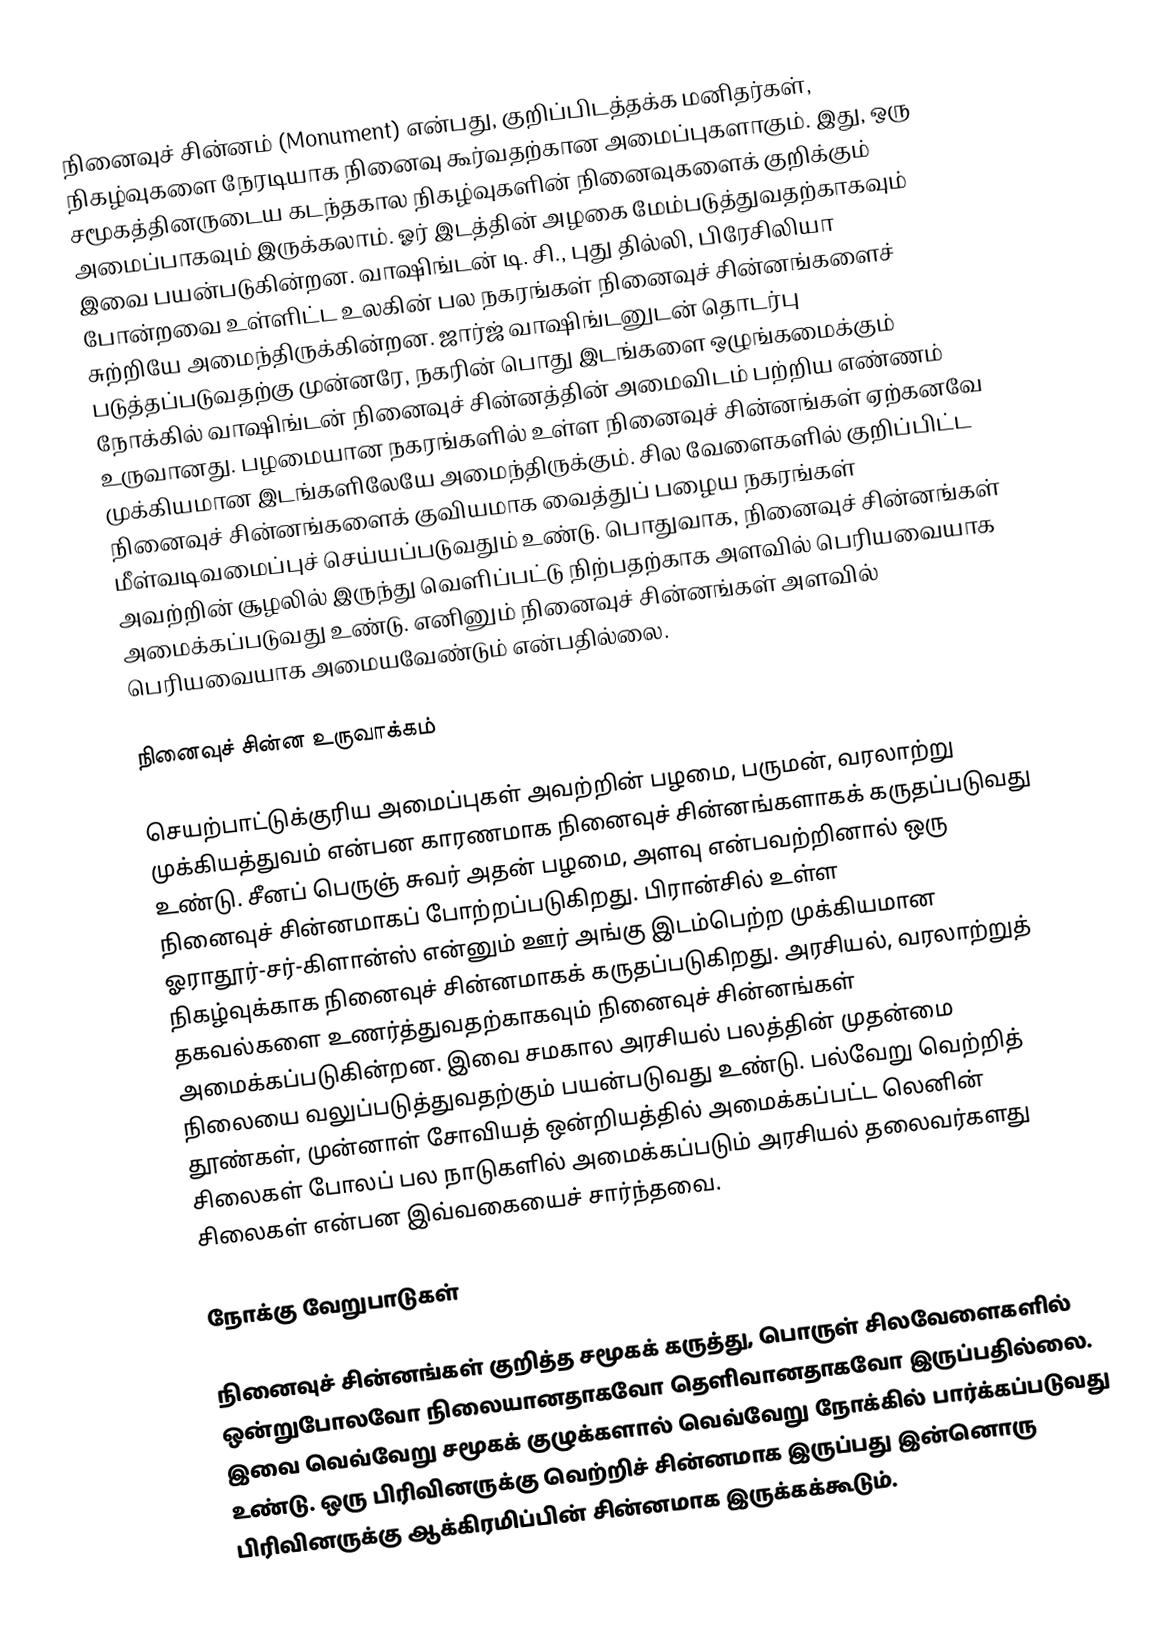
நினைவுச் சின்னம் (Monument) என்பது, குறிப்பிடத்தக்க மனிதர்கள், நிகழ்வுகளை நேரடியாக நினைவு கூர்வதற்கான அமைப்புகளாகும். இது, ஒரு சமூகத்தினருடைய கடந்தகால நிகழ்வுகளின் நினைவுகளைக் குறிக்கும் அமைப்பாகவும் இருக்கலாம். ஓர் இடத்தின் அழகை மேம்படுத்துவதற்காகவும் இவை பயன்படுகின்றன. வாஷிங்டன் டி. சி., புது தில்லி, பிரேசிலியா போன்றவை உள்ளிட்ட உலகின் பல நகரங்கள் நினைவுச் சின்னங்களைச் சுற்றியே அமைந்திருக்கின்றன. ஜார்ஜ் வாஷிங்டனுடன் தொடர்பு படுத்தப்படுவதற்கு முன்னரே, நகரின் பொது இடங்களை ஒழுங்கமைக்கும் நோக்கில் வாஷிங்டன் நினைவுச் சின்னத்தின் அமைவிடம் பற்றிய எண்ணம் உருவானது. பழமையான நகரங்களில் உள்ள நினைவுச் சின்னங்கள் ஏற்கனவே முக்கியமான இடங்களிலேயே அமைந்திருக்கும். சில வேளைகளில் குறிப்பிட்ட நினைவுச் சின்னங்களைக் குவியமாக வைத்துப் பழைய நகரங்கள் மீள்வடிவமைப்புச் செய்யப்படுவதும் உண்டு. பொதுவாக, நினைவுச் சின்னங்கள் அவற்றின் சூழலில் இருந்து வெளிப்பட்டு நிற்பதற்காக அளவில் பெரியவையாக அமைக்கப்படுவது உண்டு. எனினும் நினைவுச் சின்னங்கள் அளவில் பெரியவையாக அமையவேண்டும் என்பதில்லை.

நினைவுச் சின்ன உருவாக்கம்

செயற்பாட்டுக்குரிய அமைப்புகள் அவற்றின் பழமை, பருமன், வரலாற்று முக்கியத்துவம் என்பன காரணமாக நினைவுச் சின்னங்களாகக் கருதப்படுவது உண்டு. சீனப் பெருஞ் சுவர் அதன் பழமை, அளவு என்பவற்றினால் ஒரு நினைவுச் சின்னமாகப் போற்றப்படுகிறது. பிரான்சில் உள்ள ஓராதூர்-சர்-கிளான்ஸ் என்னும் ஊர் அங்கு இடம்பெற்ற முக்கியமான நிகழ்வுக்காக நினைவுச் சின்னமாகக் கருதப்படுகிறது. அரசியல், வரலாற்றுத் தகவல்களை உணர்த்துவதற்காகவும் நினைவுச் சின்னங்கள் அமைக்கப்படுகின்றன. இவை சமகால அரசியல் பலத்தின் முதன்மை நிலையை வலுப்படுத்துவதற்கும் பயன்படுவது உண்டு. பல்வேறு வெற்றித் தூண்கள், முன்னாள் சோவியத் ஒன்றியத்தில் அமைக்கப்பட்ட லெனின் சிலைகள் போலப் பல நாடுகளில் அமைக்கப்படும் அரசியல் தலைவர்களது சிலைகள் என்பன இவ்வகையைச் சார்ந்தவை.

நோக்கு வேறுபாடுகள்

நினைவுச் சின்னங்கள் குறித்த சமூகக் கருத்து, பொருள் சிலவேளைகளில் ஒன்றுபோலவோ நிலையானதாகவோ தெளிவானதாகவோ இருப்பதில்லை. இவை வெவ்வேறு சமூகக் குழுக்களால் வெவ்வேறு நோக்கில் பார்க்கப்படுவது உண்டு. ஒரு பிரிவினருக்கு வெற்றிச் சின்னமாக இருப்பது இன்னொரு பிரிவினருக்கு ஆக்கிரமிப்பின் சின்னமாக இருக்கக்கூடும்.